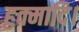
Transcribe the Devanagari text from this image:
हुक्मादि।